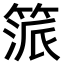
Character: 𥯠